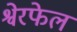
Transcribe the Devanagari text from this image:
श्वेरफेल